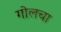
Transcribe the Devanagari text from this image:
गोलचा